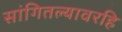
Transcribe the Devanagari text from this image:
सांगितल्यावरहि